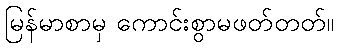
မြန်မာစာမှ ကောင်းစွာမဖတ်တတ်။